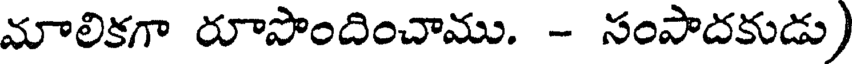
మాలికగా రూపొందించాము. - సంపాదకుడు)